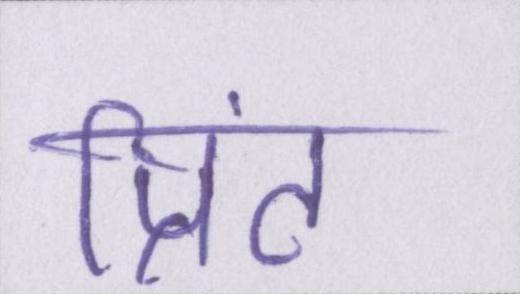
प्रिंट